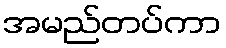
အမည်တပ်ကာ